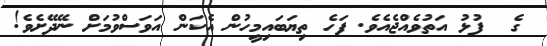
ގެ  ފުޅު އަތުވެއްޖެއެވެ. ފަހެ ތިޔަބައިމީހުން އެކަން އަވަސްވުމަށް ނޭދޭށެވެ!